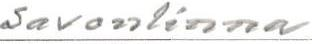
Savonlinna